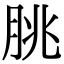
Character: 朓